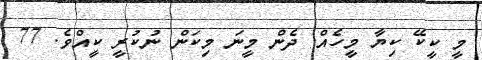
މީ ކީކޭ ކިޔާ މީހެއް. ދެން މީނަ މިކަން ނުކުރީ ކީއްވެ. 77